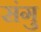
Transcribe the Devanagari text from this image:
संगु